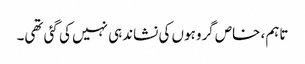
تاہم، خاص گروہوں کی نشاندہی نہیں کی گئی تھی۔